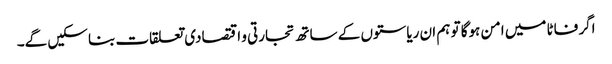
اگر فاٹا میں امن ہوگا تو ہم ان ریاستوں کے ساتھ تجارتی و اقتصادی تعلقات بنا سکیں گے۔